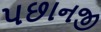
પછાનજી